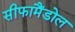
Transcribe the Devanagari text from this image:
सीफामैंडोल